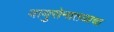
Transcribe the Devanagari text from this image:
वायुसेनातळाचा